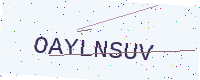
Text: OAYLNSUV